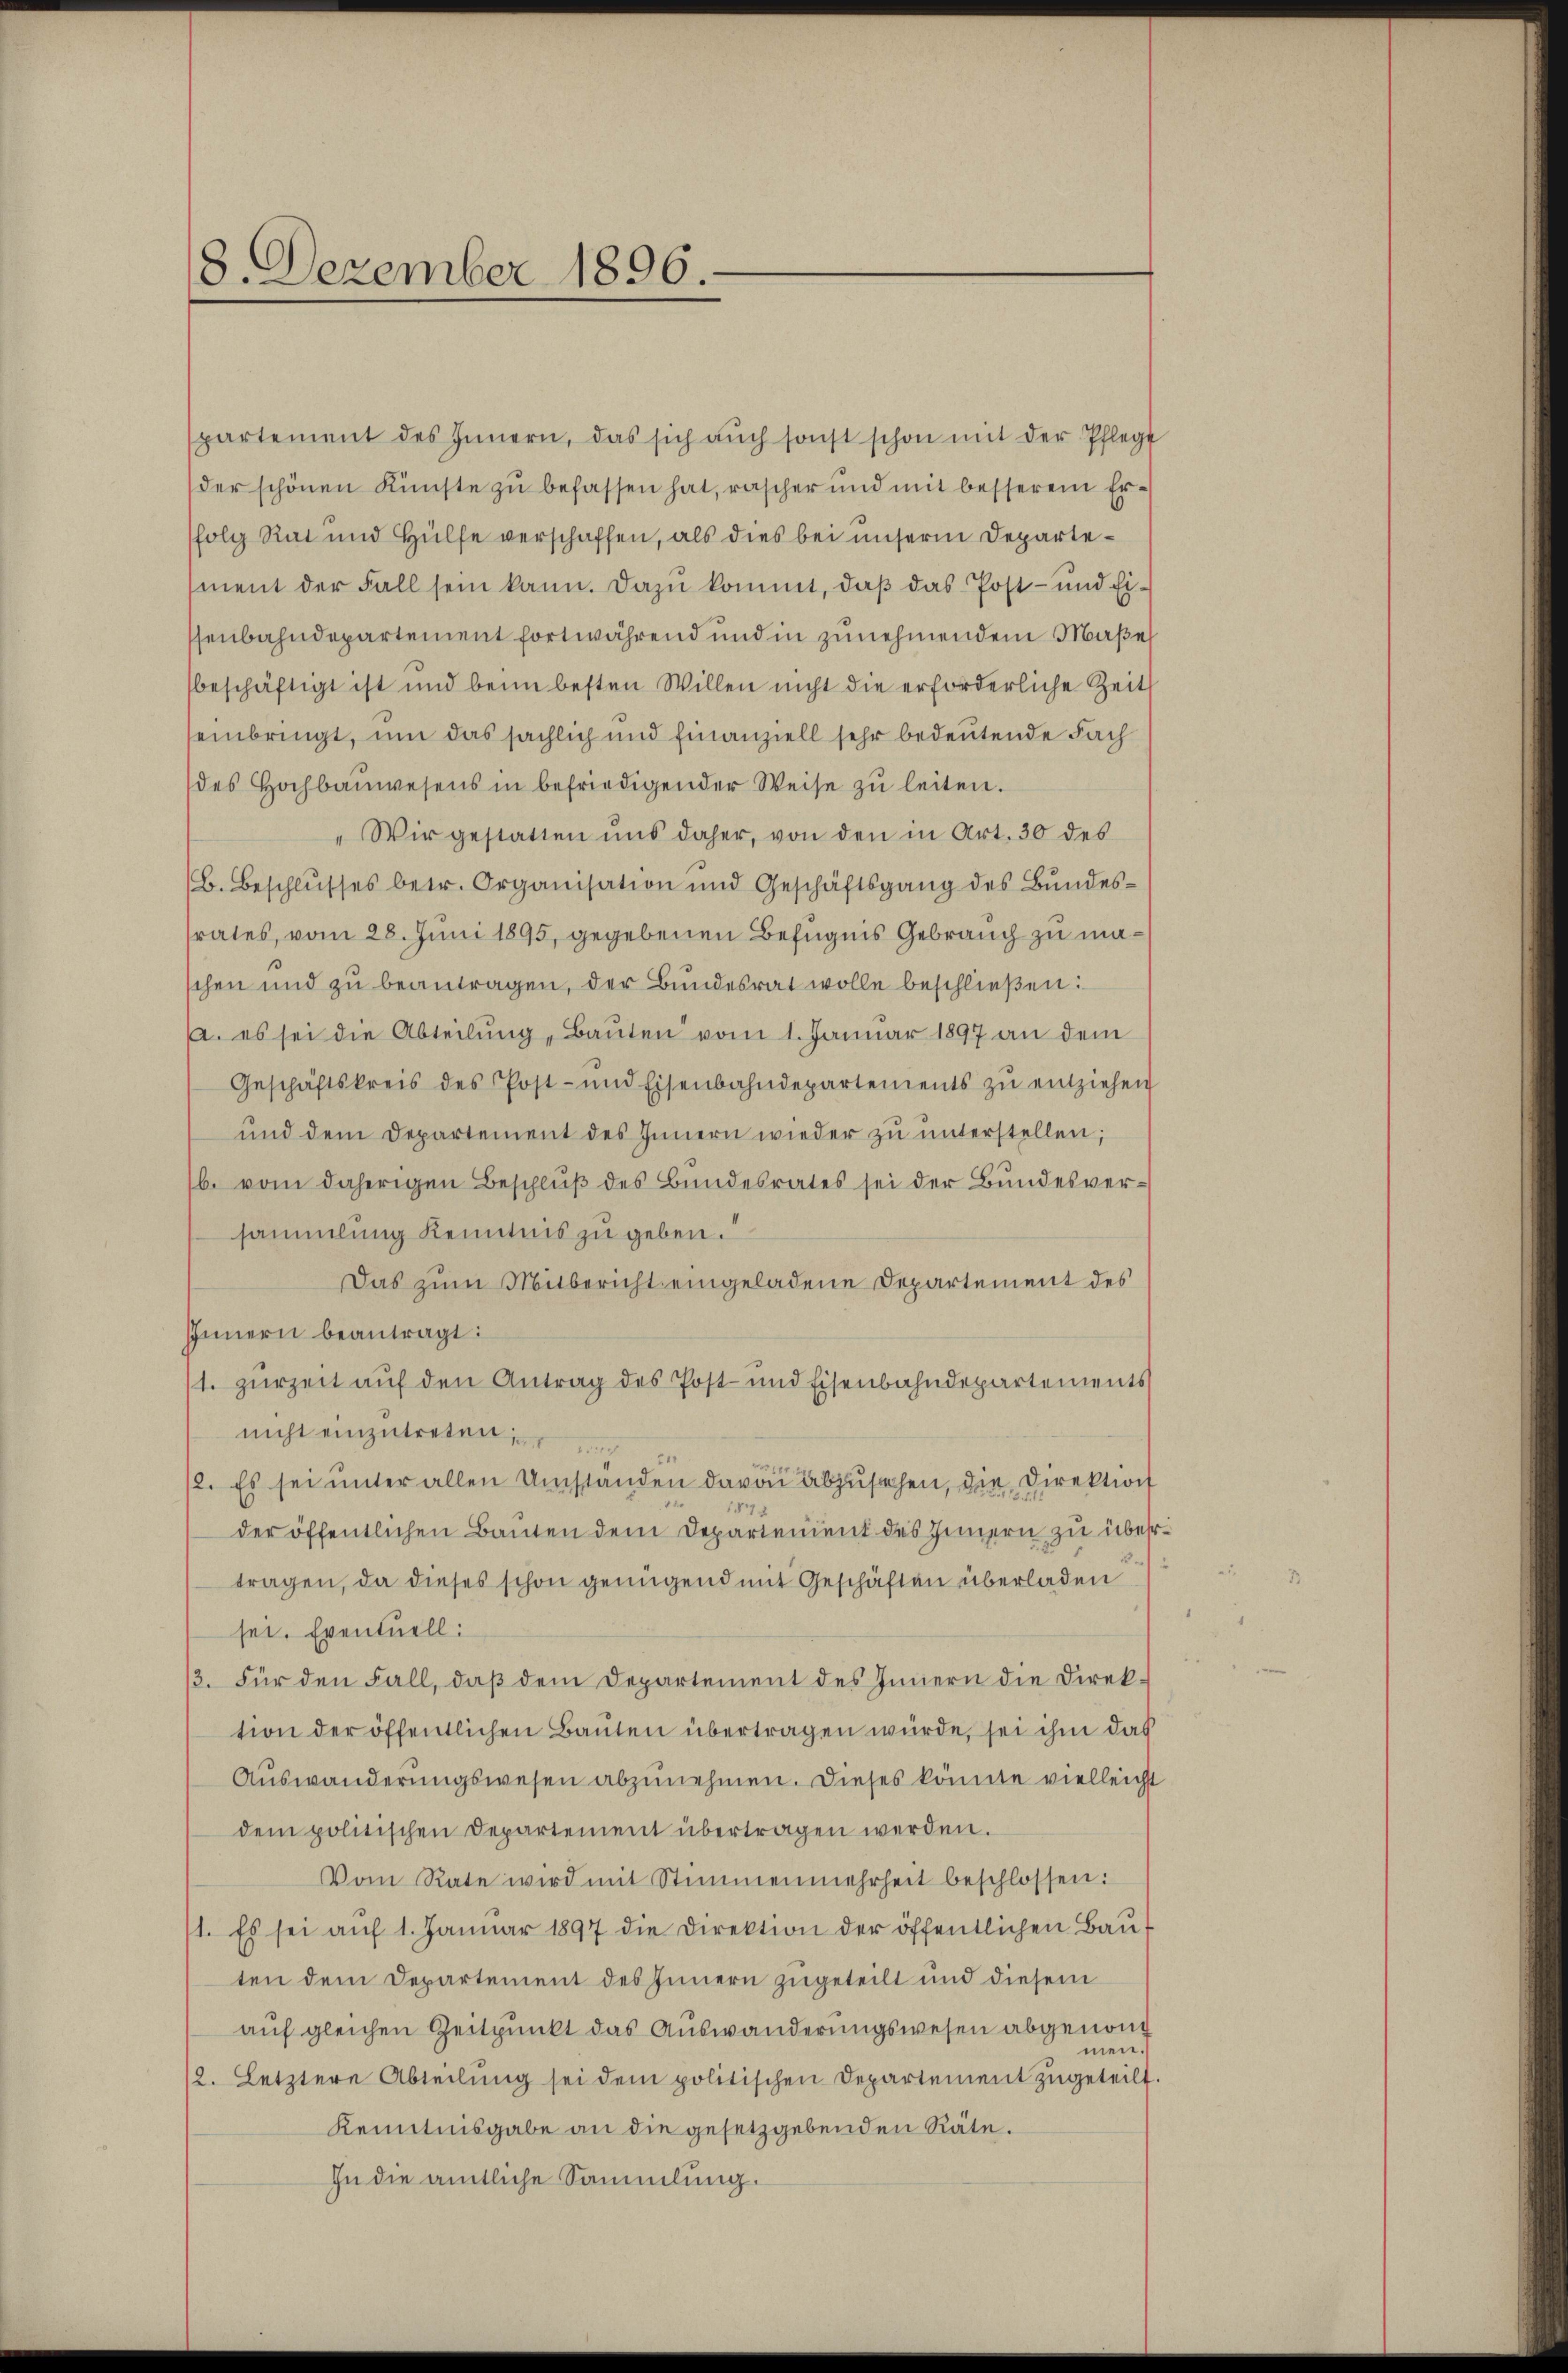
8. Dezember 1896.

spartement des Innern, das sich aŭch sonst schon mit der Pflegt
der schönen Künste zu befassen hat, rascher und mit besserem Erfolg Rat und Hülfe verschaffen, als dies bei unserm Departement der Fall sein kann. Dazu kommt, daß das Post- und Eissenbahndepartement fortwährend und in zunehmendem Maße
beschäftigt ist und beim besten Willen nicht die erforderliche Zeit
seinbringt, um das sächlich und Finanziell sehr bedeutende Fach
des Hochbauwesens in befriedigender Weise zu leiten.
"Wir gestatten uns daher, von den in Art. 30 des
B. Beschlŭsses betr. Organisation und Geschäftsgang des Bŭndes-
srates, vom 28. Juni 1895, gegebenen Befugnis Gebrauch zu maschen und zu beantragen, der Bundesrat wolle beschließen:
. es sei die Abteilŭng, Baŭten vom 1. Januar 1897 an dem
Geschäftskreis des Post- und Eisenbahndepartements zŭ entziehen
und dem Departement des Innern wieder zŭ ŭnterstellen;
b. vom daherigen Beschluß des Bundesrates sei der Bundesversammlung kenntnis zu geben.
Das zum Mitbericht eingeladene Departement des
Innern beantragt:
1. zurzeit auf den Antrag des Post- und Eisenbahndepartements
nicht einzŭtreten,
2. Es sei ŭnter allen Umständen davon abzusehen, die Direktion
der öffentlichen Bauten dem Departement des Innern zu über¬
2
tragen, da dieses schon genügend mit Geschäften überladen
sei. Eventuell:
3. Für den Fall, daß dem Departement des Innern die Direktion der öffentlichen Bauten übertragen würde, sei ihm das
Auswanderungswesen abzunehmen. Dieses könnte vielleicht
dem politischen Departement übertragen werden.
Vom Rate wird mit Stimmenmehrheit beschlossen:
1. Es sei aŭf 1. Januar 1897 die Direktion der öffentlichen Baŭ-
ten dem Departement des Innern zugeteilt und diesem
auf gleichen Zeitpunkt das Auswanderungswesen abgenommen.
12. Letztere Abteilŭng sei dem politischen Departement zugeteilt.
Kenntnisgabe an die gesetzgebenden Räte.
In die amtliche Sammlung.